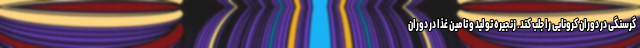
گرسنگی در دوران کرونایی را جلب کند. زنجیره تولید و تامین غذا در دوران